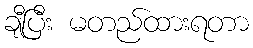
ချီပြီး မတည်ထားရတာ